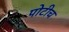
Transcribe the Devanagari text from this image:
पोटीच